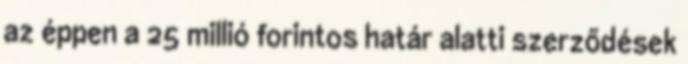
az éppen a 25 millió forintos határ alatti szerződések